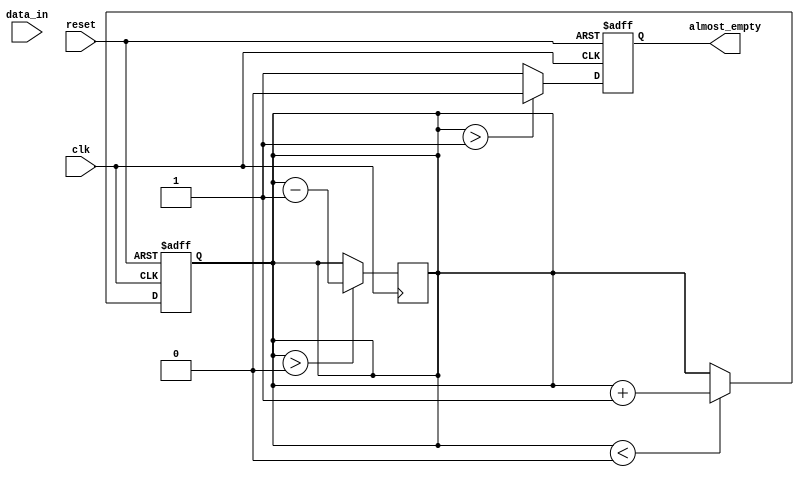
module AlmostEmpty_FIFO (
    input wire clk,              // Clock input
    input wire reset,            // Reset signal
    input wire data_in,          // Data input
    output reg almost_empty      // Almost-empty signal
);

reg [7:0] buffer [0:15];        // 16-entry buffer
reg [3:0] write_ptr = 4'd0;     // Write pointer
reg [3:0] read_ptr = 4'd0;      // Read pointer
reg [3:0] count = 4'd0;         // Data count

always @(posedge clk or posedge reset) begin
    if (reset) begin
        write_ptr <= 4'd0;
        read_ptr <= 4'd0;
        count <= 4'd0;
        almost_empty <= 1'b0;
    end else begin
        if (count > 4'd1) begin
            almost_empty <= 1'b0;
        end else begin
            almost_empty <= 1'b1;
        end
        
        if (count < 4'd16) begin
            buffer[write_ptr] <= data_in;
            write_ptr <= write_ptr + 4'd1;
            count <= count + 4'd1;
        end
    end
end

always @(posedge clk) begin
    if (count > 4'd0) begin
        read_ptr <= read_ptr + 4'd1;
        count <= count - 4'd1;
    end
end

endmodule